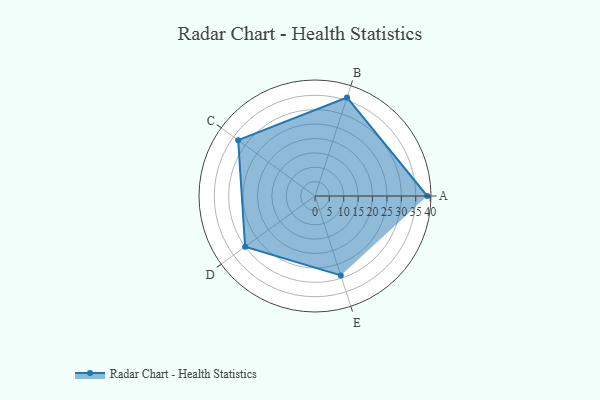
{"axis": {"x": "Skill", "y": "Score"}, "legend": ["Profile"], "data": [{"x": "A", "y": 39.0, "type": "Profile"}, {"x": "B", "y": 36.0, "type": "Profile"}, {"x": "C", "y": 33.0, "type": "Profile"}, {"x": "D", "y": 30.0, "type": "Profile"}, {"x": "E", "y": 29.0, "type": "Profile"}]}